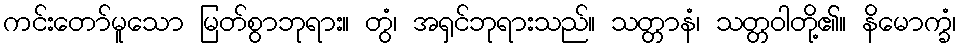
ကင်းတော်မူသော မြတ်စွာဘုရား။ တွံ၊ အရှင်ဘုရားသည်။ သတ္တာနံ၊ သတ္တဝါတို့၏။ နိမောက္ခံ၊